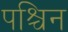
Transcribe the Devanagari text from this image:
पश्चिन